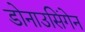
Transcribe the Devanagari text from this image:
डोनाउसिंगेन